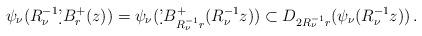
LaTeX: \begin{align*}\psi_{\nu}(R_{\nu}^{-1}\d 'B^+_r(z))=\psi_{\nu}(\d 'B^+_{R_{\nu}^{-1}r}(R_{\nu}^{-1}z))\subset D_{2R_{\nu}^{-1}r}(\psi_{\nu}(R_{\nu}^{-1}z))\,.\end{align*}